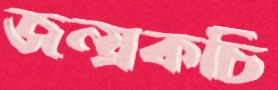
জন্য্রকচি